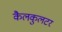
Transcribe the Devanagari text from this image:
कैलकुलटर